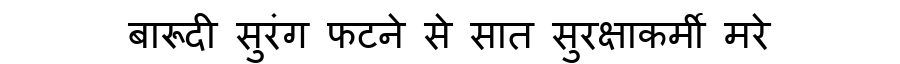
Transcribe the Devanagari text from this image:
बारूदी सुरंग फटने से सात सुरक्षाकर्मी मरे